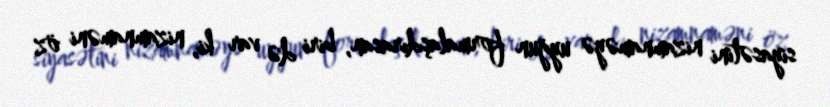
siyasətini nizamnaməyə uyğun formalaşdırasan, biri də var ki, nizamnaməni öz